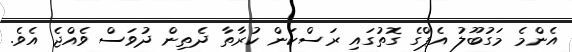
އެންމެ މަގުބޫލު އެޕްގެ ގޮތުގައި ރަސްކަން ކުރާތާ ދެތިން ދުވަސް ވެއްޖެ އެވެ.